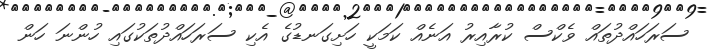
ސަރަހައްދުތައް ވެކްސް ކުރާއިރު އަނެއް ކަމަކީ ހަށިގަނޑުގެ އެކި ސަރަހައްދުތަކުގައި ހުންނަ ހަން